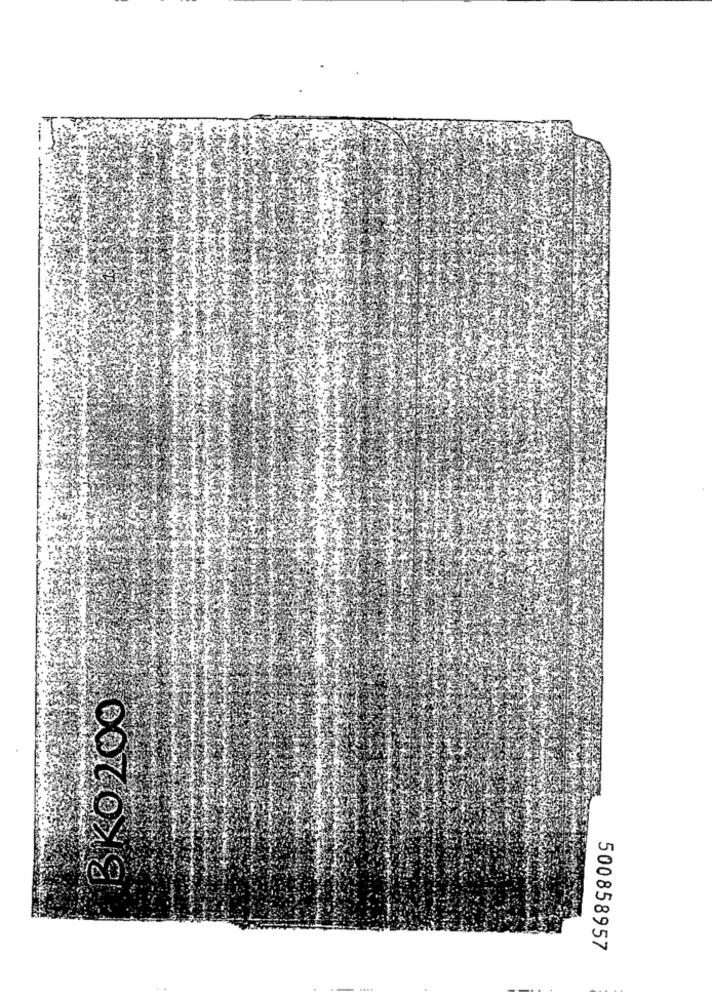
BY0200
500858957
--
-..